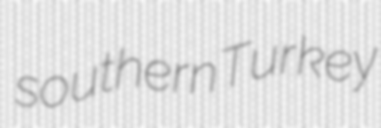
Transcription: southern Turkey